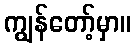
ကျွန်တော့်မှာ။